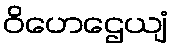
ဝိဟေဌေယျံ